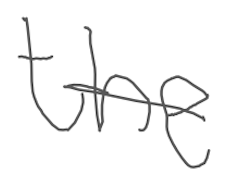
Text: the
Cross-out: single-line
Writing tool: digital_gray